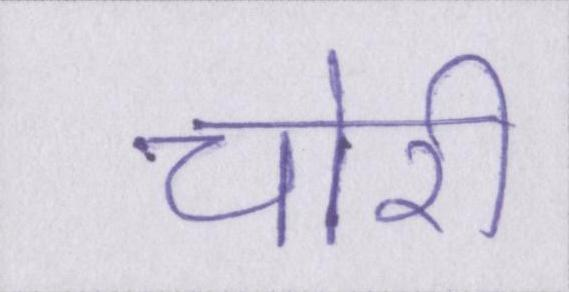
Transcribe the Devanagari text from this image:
चोरी